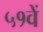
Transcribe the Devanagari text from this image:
५१वें